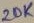
Text: 20K